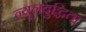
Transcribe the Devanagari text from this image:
न्यूनबुद्धिता